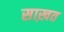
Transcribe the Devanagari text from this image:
साख़त